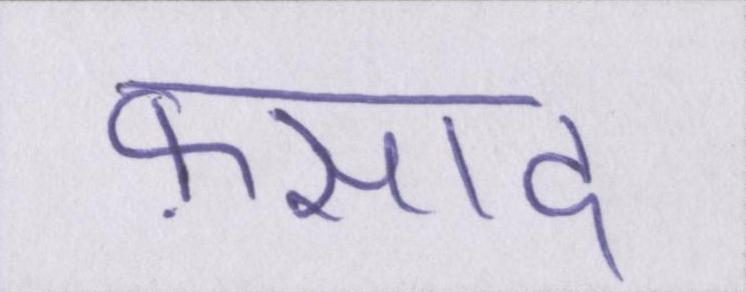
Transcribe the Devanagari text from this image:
फ़साद